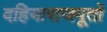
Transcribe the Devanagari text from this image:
दहियाराजपूतों